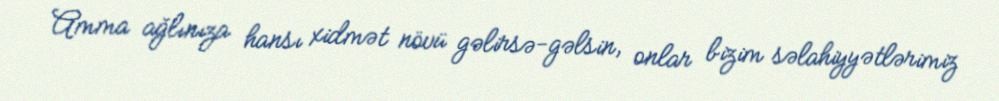
Amma ağlınıza hansı xidmət növü gəlirsə-gəlsin, onlar bizim səlahiyyətlərimiz